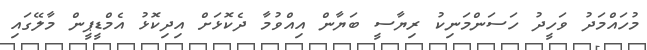
މުހައްމަދު ވަހީދު ހަސަންމަނިކު ރިޔާސީ ބަޔާން އިއްވުމާ ދެކޮޅަށް އިދިކޮޅު އެމްޑީޕީން މާލޭގައި